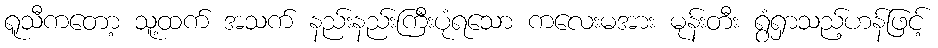
ရူသီကတော့ သူ့ထက် အသက် နည်းနည်းကြီးပုံရသော ကလေးမအား မုန်းတီး ရွံရှာသည့်ဟန်ဖြင့်